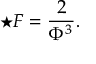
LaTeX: \star F = \frac { 2 } { \Phi ^ { 3 } } .